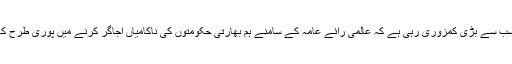
پاکستان کی اب تک سب سے بڑی کمزوری رہی ہے کہ عالمی رائے عامہ کے سامنے ہم بھارتی حکومتوں کی ناکامیاں اجاگر کرنے میں پوری طرح کامیاب نہیں رہے ہیں۔